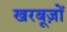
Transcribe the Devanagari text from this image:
खरबूज़ों